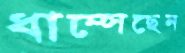
ধাম্‌সেছেন